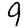
Digit: 9